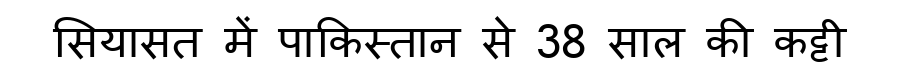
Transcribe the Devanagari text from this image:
सियासत में पाकिस्तान से 38 साल की कट्टी